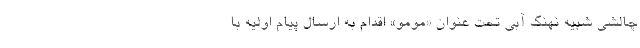
چالشی شبیه نهنگ آبی تحت عنوان «مومو» اقدام به ارسال پیام اولیه با